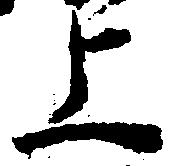
上